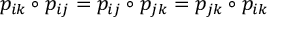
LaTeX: p _ { i k } \circ p _ { i j } = p _ { i j } \circ p _ { j k } = p _ { j k } \circ p _ { i k }